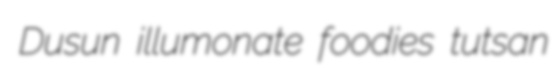
Dusun illumonate foodies tutsan